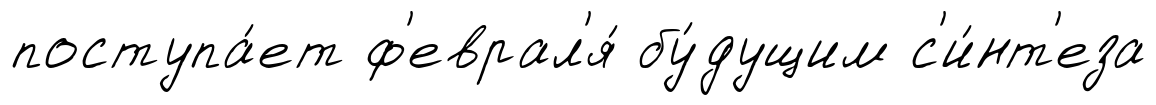
поступа́ет ф'еврал'я́ бу́дущим с'и́нт'еза